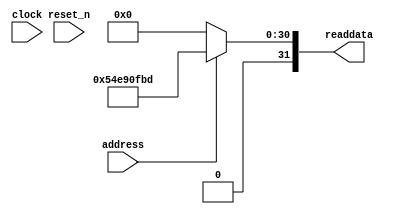
module video_sys_sysid_qsys_0 (
               // inputs:
                address,
                clock,
                reset_n,

               // outputs:
                readdata
             )
;

  output  [ 31: 0] readdata;
  input            address;
  input            clock;
  input            reset_n;

  wire    [ 31: 0] readdata;
  //control_slave, which is an e_avalon_slave
  assign readdata = address ? 1424560061 : 0;

endmodule